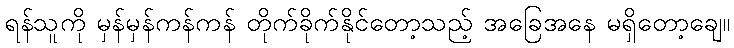
ရန်သူကို မှန်မှန်ကန်ကန် တိုက်ခိုက်နိုင်တော့သည့် အခြေအနေ မရှိတော့ချေ။